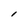
Character: I